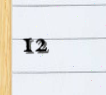
12